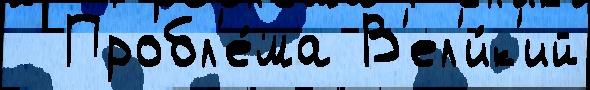
  Пробл'е́ма В'ел'и́к'ий